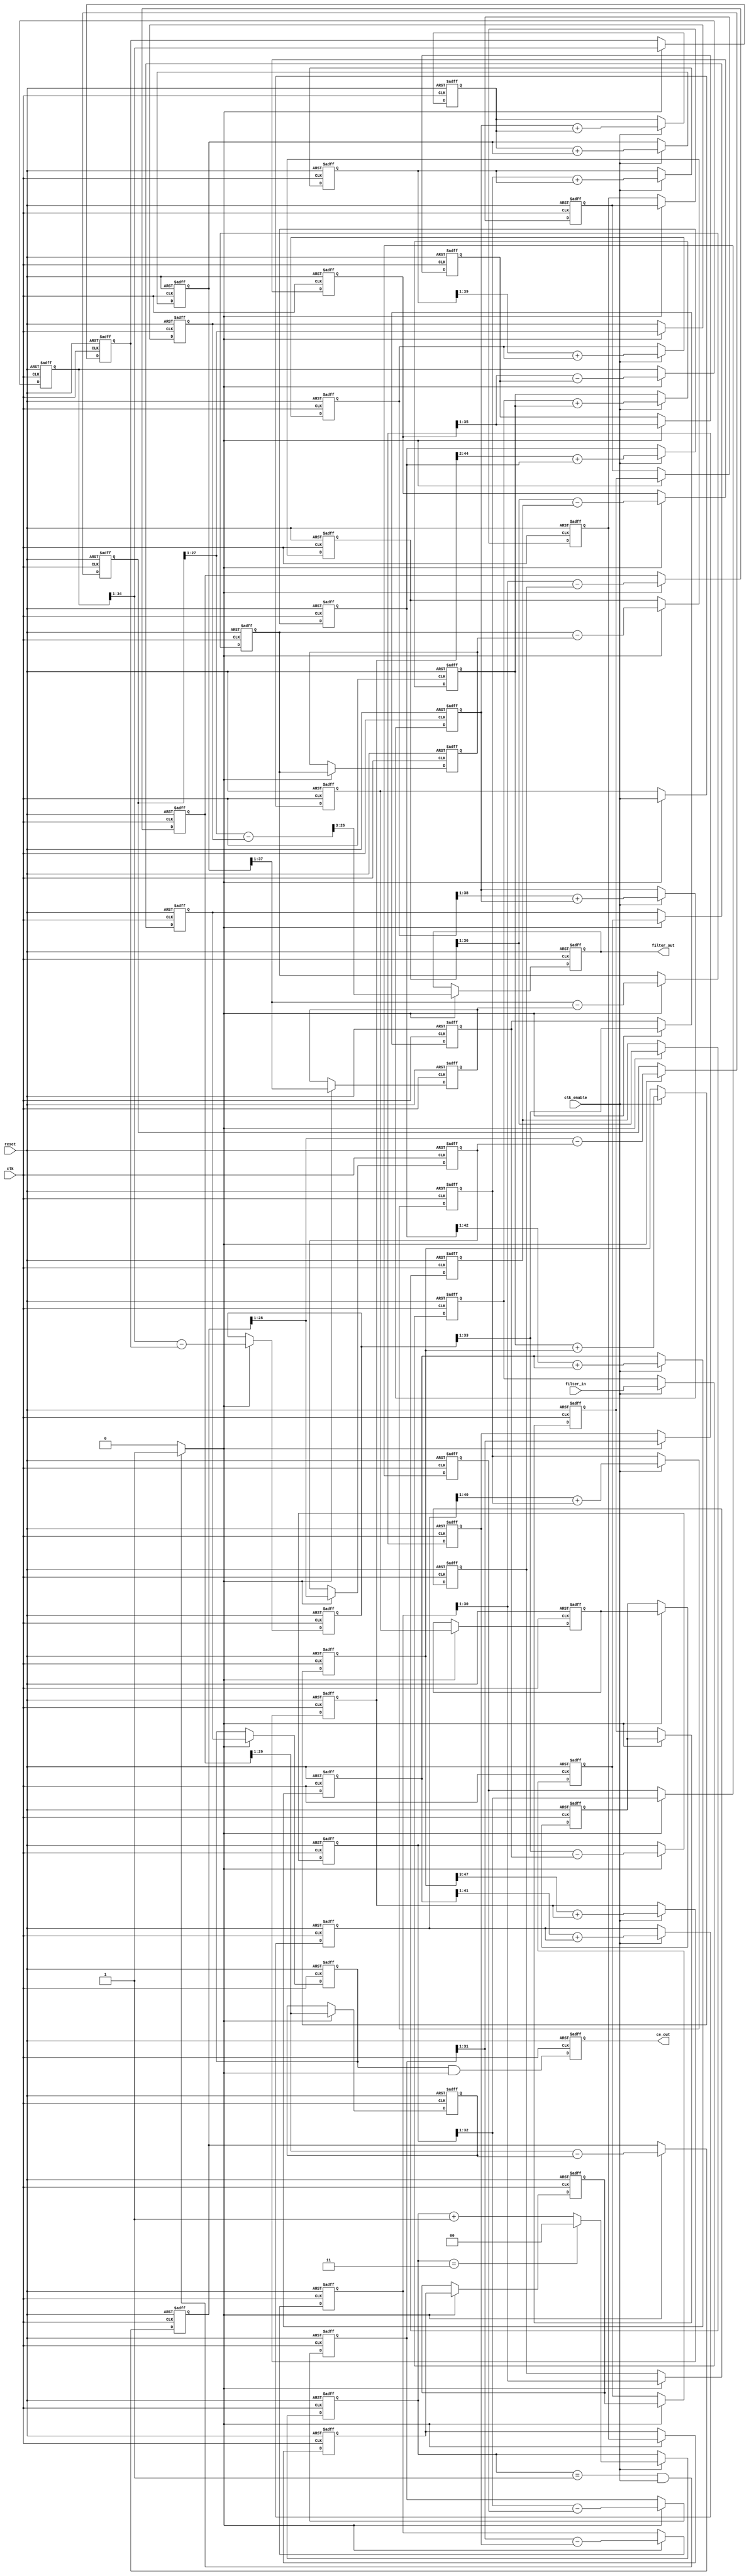
// -------------------------------------------------------------
//
// Module: cic_4_1_12_nofraction
//
// Generated by MATLAB(R) 7.2 and the Filter Design HDL Coder 1.4.
//
// Generated on: 2008-12-10 14:39:58
//
// -------------------------------------------------------------

// -------------------------------------------------------------
// HDL Code Generation Options:
//
// TargetLanguage: Verilog
// Name: cic_4_1_12_nofraction
// TargetDirectory: c:\HPSDR\trunk\VK6APH\Mercury\Matlab-files
// FIRAdderStyle: tree
// CoeffMultipliers: csd
// SerialPartition: -1
// AddPipelineRegisters: On
// CastBeforeSum: On
//
// Filter Settings:
//
// Discrete-Time FIR Multirate Filter (real)
// -----------------------------------------
// Filter Structure         : Cascaded Integrator-Comb Decimator
// Decimation Factor        : 4
// Differential Delay       : 1
// Number of Sections       : 12
// Stable                   : Yes
// Linear Phase             : Yes (Type 1)
//
// Input                    : s24,0
// Output                   : s24,-24
// Filter Internals         : Minimum Word Lengths
//   Integrator Section 1   : s48,0
//   Integrator Section 2   : s48,0
//   Integrator Section 3   : s45,-3
//   Integrator Section 4   : s43,-5
//   Integrator Section 5   : s42,-6
//   Integrator Section 6   : s41,-7
//   Integrator Section 7   : s40,-8
//   Integrator Section 8   : s40,-8
//   Integrator Section 9   : s39,-9
//   Integrator Section 10  : s38,-10
//   Integrator Section 11  : s38,-10
//   Integrator Section 12  : s38,-10
//   Comb Section 1         : s37,-11
//   Comb Section 2         : s37,-11
//   Comb Section 3         : s36,-12
//   Comb Section 4         : s35,-13
//   Comb Section 5         : s34,-14
//   Comb Section 6         : s33,-15
//   Comb Section 7         : s32,-16
//   Comb Section 8         : s31,-17
//   Comb Section 9         : s30,-18
//   Comb Section 10        : s29,-19
//   Comb Section 11        : s28,-20
//   Comb Section 12        : s27,-21
//
// Implementation Cost
// Number of Multipliers : 0
// Number of Adders      : 24
// Number of States      : 24
// MultPerInputSample    : 0
// AddPerInputSample     : 15
// -------------------------------------------------------------

`timescale 1 ns / 1 ns

module cic_4_1_12_nofraction 
               (
                clk,
                clk_enable,
                reset,
                filter_in,
                filter_out,
                ce_out
                );

  input   clk; 
  input   clk_enable; 
  input   reset; 
  input   signed [23:0] filter_in; //sfix24
  output  signed [23:0] filter_out; //sfix24_E24
  output  ce_out; 

////////////////////////////////////////////////////////////////
//Module Architecture: cic_4_1_12_nofraction
////////////////////////////////////////////////////////////////
  // Local Functions
  // Type Definitions
  // Constants
  // Signals
  reg  [1:0] cur_count; // ufix2
  wire phase_1; // boolean
  wire ce_delayline; // boolean
  reg  int_delay_pipe [0:10] ; // boolean
  wire ce_gated; // boolean
  reg  ce_out_reg; // boolean
  //   
  reg  signed [23:0] input_register; // sfix24
  //   -- Section 1 Signals 
  wire signed [23:0] section_in1; // sfix24
  wire signed [47:0] section_cast1; // sfix48
  wire signed [47:0] sum1; // sfix48
  reg  signed [47:0] section_out1; // sfix48
  wire signed [47:0] add_cast; // sfix48
  wire signed [47:0] add_cast_1; // sfix48
  wire signed [48:0] add_temp; // sfix49
  //   -- Section 2 Signals 
  wire signed [47:0] section_in2; // sfix48
  wire signed [47:0] sum2; // sfix48
  reg  signed [47:0] section_out2; // sfix48
  wire signed [47:0] add_cast_2; // sfix48
  wire signed [47:0] add_cast_3; // sfix48
  wire signed [48:0] add_temp_1; // sfix49
  //   -- Section 3 Signals 
  wire signed [47:0] section_in3; // sfix48
  wire signed [44:0] section_cast3; // sfix45_E3
  wire signed [44:0] sum3; // sfix45_E3
  reg  signed [44:0] section_out3; // sfix45_E3
  wire signed [44:0] add_cast_4; // sfix45_E3
  wire signed [44:0] add_cast_5; // sfix45_E3
  wire signed [45:0] add_temp_2; // sfix46_E3
  //   -- Section 4 Signals 
  wire signed [44:0] section_in4; // sfix45_E3
  wire signed [42:0] section_cast4; // sfix43_E5
  wire signed [42:0] sum4; // sfix43_E5
  reg  signed [42:0] section_out4; // sfix43_E5
  wire signed [42:0] add_cast_6; // sfix43_E5
  wire signed [42:0] add_cast_7; // sfix43_E5
  wire signed [43:0] add_temp_3; // sfix44_E5
  //   -- Section 5 Signals 
  wire signed [42:0] section_in5; // sfix43_E5
  wire signed [41:0] section_cast5; // sfix42_E6
  wire signed [41:0] sum5; // sfix42_E6
  reg  signed [41:0] section_out5; // sfix42_E6
  wire signed [41:0] add_cast_8; // sfix42_E6
  wire signed [41:0] add_cast_9; // sfix42_E6
  wire signed [42:0] add_temp_4; // sfix43_E6
  //   -- Section 6 Signals 
  wire signed [41:0] section_in6; // sfix42_E6
  wire signed [40:0] section_cast6; // sfix41_E7
  wire signed [40:0] sum6; // sfix41_E7
  reg  signed [40:0] section_out6; // sfix41_E7
  wire signed [40:0] add_cast_10; // sfix41_E7
  wire signed [40:0] add_cast_11; // sfix41_E7
  wire signed [41:0] add_temp_5; // sfix42_E7
  //   -- Section 7 Signals 
  wire signed [40:0] section_in7; // sfix41_E7
  wire signed [39:0] section_cast7; // sfix40_E8
  wire signed [39:0] sum7; // sfix40_E8
  reg  signed [39:0] section_out7; // sfix40_E8
  wire signed [39:0] add_cast_12; // sfix40_E8
  wire signed [39:0] add_cast_13; // sfix40_E8
  wire signed [40:0] add_temp_6; // sfix41_E8
  //   -- Section 8 Signals 
  wire signed [39:0] section_in8; // sfix40_E8
  wire signed [39:0] sum8; // sfix40_E8
  reg  signed [39:0] section_out8; // sfix40_E8
  wire signed [39:0] add_cast_14; // sfix40_E8
  wire signed [39:0] add_cast_15; // sfix40_E8
  wire signed [40:0] add_temp_7; // sfix41_E8
  //   -- Section 9 Signals 
  wire signed [39:0] section_in9; // sfix40_E8
  wire signed [38:0] section_cast9; // sfix39_E9
  wire signed [38:0] sum9; // sfix39_E9
  reg  signed [38:0] section_out9; // sfix39_E9
  wire signed [38:0] add_cast_16; // sfix39_E9
  wire signed [38:0] add_cast_17; // sfix39_E9
  wire signed [39:0] add_temp_8; // sfix40_E9
  //   -- Section 10 Signals 
  wire signed [38:0] section_in10; // sfix39_E9
  wire signed [37:0] section_cast10; // sfix38_E10
  wire signed [37:0] sum10; // sfix38_E10
  reg  signed [37:0] section_out10; // sfix38_E10
  wire signed [37:0] add_cast_18; // sfix38_E10
  wire signed [37:0] add_cast_19; // sfix38_E10
  wire signed [38:0] add_temp_9; // sfix39_E10
  //   -- Section 11 Signals 
  wire signed [37:0] section_in11; // sfix38_E10
  wire signed [37:0] sum11; // sfix38_E10
  reg  signed [37:0] section_out11; // sfix38_E10
  wire signed [37:0] add_cast_20; // sfix38_E10
  wire signed [37:0] add_cast_21; // sfix38_E10
  wire signed [38:0] add_temp_10; // sfix39_E10
  //   -- Section 12 Signals 
  wire signed [37:0] section_in12; // sfix38_E10
  wire signed [37:0] sum12; // sfix38_E10
  reg  signed [37:0] section_out12; // sfix38_E10
  wire signed [37:0] add_cast_22; // sfix38_E10
  wire signed [37:0] add_cast_23; // sfix38_E10
  wire signed [38:0] add_temp_11; // sfix39_E10
  //   -- Section 13 Signals 
  wire signed [37:0] section_in13; // sfix38_E10
  wire signed [36:0] section_cast13; // sfix37_E11
  reg  signed [36:0] diff1; // sfix37_E11
  wire signed [36:0] section_out13; // sfix37_E11
  wire signed [36:0] sub_cast; // sfix37_E11
  wire signed [36:0] sub_cast_1; // sfix37_E11
  wire signed [37:0] sub_temp; // sfix38_E11
  reg  signed [36:0] cic_pipeline13; // sfix37_E11
  //   -- Section 14 Signals 
  wire signed [36:0] section_in14; // sfix37_E11
  reg  signed [36:0] diff2; // sfix37_E11
  wire signed [36:0] section_out14; // sfix37_E11
  wire signed [36:0] sub_cast_2; // sfix37_E11
  wire signed [36:0] sub_cast_3; // sfix37_E11
  wire signed [37:0] sub_temp_1; // sfix38_E11
  reg  signed [36:0] cic_pipeline14; // sfix37_E11
  //   -- Section 15 Signals 
  wire signed [36:0] section_in15; // sfix37_E11
  wire signed [35:0] section_cast15; // sfix36_E12
  reg  signed [35:0] diff3; // sfix36_E12
  wire signed [35:0] section_out15; // sfix36_E12
  wire signed [35:0] sub_cast_4; // sfix36_E12
  wire signed [35:0] sub_cast_5; // sfix36_E12
  wire signed [36:0] sub_temp_2; // sfix37_E12
  reg  signed [35:0] cic_pipeline15; // sfix36_E12
  //   -- Section 16 Signals 
  wire signed [35:0] section_in16; // sfix36_E12
  wire signed [34:0] section_cast16; // sfix35_E13
  reg  signed [34:0] diff4; // sfix35_E13
  wire signed [34:0] section_out16; // sfix35_E13
  wire signed [34:0] sub_cast_6; // sfix35_E13
  wire signed [34:0] sub_cast_7; // sfix35_E13
  wire signed [35:0] sub_temp_3; // sfix36_E13
  reg  signed [34:0] cic_pipeline16; // sfix35_E13
  //   -- Section 17 Signals 
  wire signed [34:0] section_in17; // sfix35_E13
  wire signed [33:0] section_cast17; // sfix34_E14
  reg  signed [33:0] diff5; // sfix34_E14
  wire signed [33:0] section_out17; // sfix34_E14
  wire signed [33:0] sub_cast_8; // sfix34_E14
  wire signed [33:0] sub_cast_9; // sfix34_E14
  wire signed [34:0] sub_temp_4; // sfix35_E14
  reg  signed [33:0] cic_pipeline17; // sfix34_E14
  //   -- Section 18 Signals 
  wire signed [33:0] section_in18; // sfix34_E14
  wire signed [32:0] section_cast18; // sfix33_E15
  reg  signed [32:0] diff6; // sfix33_E15
  wire signed [32:0] section_out18; // sfix33_E15
  wire signed [32:0] sub_cast_10; // sfix33_E15
  wire signed [32:0] sub_cast_11; // sfix33_E15
  wire signed [33:0] sub_temp_5; // sfix34_E15
  reg  signed [32:0] cic_pipeline18; // sfix33_E15
  //   -- Section 19 Signals 
  wire signed [32:0] section_in19; // sfix33_E15
  wire signed [31:0] section_cast19; // sfix32_E16
  reg  signed [31:0] diff7; // sfix32_E16
  wire signed [31:0] section_out19; // sfix32_E16
  wire signed [31:0] sub_cast_12; // sfix32_E16
  wire signed [31:0] sub_cast_13; // sfix32_E16
  wire signed [32:0] sub_temp_6; // sfix33_E16
  reg  signed [31:0] cic_pipeline19; // sfix32_E16
  //   -- Section 20 Signals 
  wire signed [31:0] section_in20; // sfix32_E16
  wire signed [30:0] section_cast20; // sfix31_E17
  reg  signed [30:0] diff8; // sfix31_E17
  wire signed [30:0] section_out20; // sfix31_E17
  wire signed [30:0] sub_cast_14; // sfix31_E17
  wire signed [30:0] sub_cast_15; // sfix31_E17
  wire signed [31:0] sub_temp_7; // sfix32_E17
  reg  signed [30:0] cic_pipeline20; // sfix31_E17
  //   -- Section 21 Signals 
  wire signed [30:0] section_in21; // sfix31_E17
  wire signed [29:0] section_cast21; // sfix30_E18
  reg  signed [29:0] diff9; // sfix30_E18
  wire signed [29:0] section_out21; // sfix30_E18
  wire signed [29:0] sub_cast_16; // sfix30_E18
  wire signed [29:0] sub_cast_17; // sfix30_E18
  wire signed [30:0] sub_temp_8; // sfix31_E18
  reg  signed [29:0] cic_pipeline21; // sfix30_E18
  //   -- Section 22 Signals 
  wire signed [29:0] section_in22; // sfix30_E18
  wire signed [28:0] section_cast22; // sfix29_E19
  reg  signed [28:0] diff10; // sfix29_E19
  wire signed [28:0] section_out22; // sfix29_E19
  wire signed [28:0] sub_cast_18; // sfix29_E19
  wire signed [28:0] sub_cast_19; // sfix29_E19
  wire signed [29:0] sub_temp_9; // sfix30_E19
  reg  signed [28:0] cic_pipeline22; // sfix29_E19
  //   -- Section 23 Signals 
  wire signed [28:0] section_in23; // sfix29_E19
  wire signed [27:0] section_cast23; // sfix28_E20
  reg  signed [27:0] diff11; // sfix28_E20
  wire signed [27:0] section_out23; // sfix28_E20
  wire signed [27:0] sub_cast_20; // sfix28_E20
  wire signed [27:0] sub_cast_21; // sfix28_E20
  wire signed [28:0] sub_temp_10; // sfix29_E20
  reg  signed [27:0] cic_pipeline23; // sfix28_E20
  //   -- Section 24 Signals 
  wire signed [27:0] section_in24; // sfix28_E20
  wire signed [26:0] section_cast24; // sfix27_E21
  reg  signed [26:0] diff12; // sfix27_E21
  wire signed [26:0] section_out24; // sfix27_E21
  wire signed [26:0] sub_cast_22; // sfix27_E21
  wire signed [26:0] sub_cast_23; // sfix27_E21
  wire signed [27:0] sub_temp_11; // sfix28_E21
  wire signed [23:0] output_typeconvert; // sfix24_E24
  //   
  reg  signed [23:0] output_register; // sfix24_E24

  // Block Statements
  //   ------------------ CE Output Generation ------------------

  always @ (posedge clk or posedge reset)
    begin: ce_output
      if (reset == 1'b1) begin
        cur_count <= 2'b00;
      end
      else begin
        if (clk_enable == 1'b1) begin
          if (cur_count == 2'b11) begin
            cur_count <= 2'b00;
          end
          else begin
            cur_count <= cur_count + 1;
          end
        end
      end
    end // ce_output

  assign  phase_1 = (cur_count == 2'b01 && clk_enable == 1'b1)? 1 : 0;

  always @( posedge clk or posedge reset)
    begin: ce_delay
      if (reset == 1'b1) begin
        int_delay_pipe[0] <= 1'b0;
        int_delay_pipe[1] <= 1'b0;
        int_delay_pipe[2] <= 1'b0;
        int_delay_pipe[3] <= 1'b0;
        int_delay_pipe[4] <= 1'b0;
        int_delay_pipe[5] <= 1'b0;
        int_delay_pipe[6] <= 1'b0;
        int_delay_pipe[7] <= 1'b0;
        int_delay_pipe[8] <= 1'b0;
        int_delay_pipe[9] <= 1'b0;
        int_delay_pipe[10] <= 1'b0;
      end
      else begin
        if (phase_1 == 1'b1) begin
        int_delay_pipe[0] <= clk_enable;
        int_delay_pipe[1] <= int_delay_pipe[0];
        int_delay_pipe[2] <= int_delay_pipe[1];
        int_delay_pipe[3] <= int_delay_pipe[2];
        int_delay_pipe[4] <= int_delay_pipe[3];
        int_delay_pipe[5] <= int_delay_pipe[4];
        int_delay_pipe[6] <= int_delay_pipe[5];
        int_delay_pipe[7] <= int_delay_pipe[6];
        int_delay_pipe[8] <= int_delay_pipe[7];
        int_delay_pipe[9] <= int_delay_pipe[8];
        int_delay_pipe[10] <= int_delay_pipe[9];
        end
      end
    end // ce_delay

    assign ce_delayline = int_delay_pipe[10];
  assign ce_gated =  ce_delayline & phase_1;

  //   ------------------ CE Output Register ------------------

  always @ (posedge clk or posedge reset)
    begin: ce_output_register
      if (reset == 1'b1) begin
        ce_out_reg <= 1'b0;
      end
      else begin
          ce_out_reg <= ce_gated;
      end
    end // ce_output_register

  //   ------------------ Input Register ------------------

  always @ (posedge clk or posedge reset)
    begin: input_reg_process
      if (reset == 1'b1) begin
        input_register <= 0;
      end
      else begin
        if (clk_enable == 1'b1) begin
          input_register <= filter_in;
        end
      end
    end // input_reg_process

  //   ------------------ Section # 1 : Integrator ------------------

  assign section_in1 = input_register;

  assign section_cast1 = $signed({{24{section_in1[23]}}, section_in1});

  assign add_cast = section_cast1;
  assign add_cast_1 = section_out1;
  assign add_temp = add_cast + add_cast_1;
  assign sum1 = add_temp[47:0];

  always @ (posedge clk or posedge reset)
    begin: integrator_delay_section1
      if (reset == 1'b1) begin
        section_out1 <= 0;
      end
      else begin
        if (clk_enable == 1'b1) begin
          section_out1 <= sum1;
        end
      end
    end // integrator_delay_section1

  //   ------------------ Section # 2 : Integrator ------------------

  assign section_in2 = section_out1;

  assign add_cast_2 = section_in2;
  assign add_cast_3 = section_out2;
  assign add_temp_1 = add_cast_2 + add_cast_3;
  assign sum2 = add_temp_1[47:0];

  always @ (posedge clk or posedge reset)
    begin: integrator_delay_section2
      if (reset == 1'b1) begin
        section_out2 <= 0;
      end
      else begin
        if (clk_enable == 1'b1) begin
          section_out2 <= sum2;
        end
      end
    end // integrator_delay_section2

  //   ------------------ Section # 3 : Integrator ------------------

  assign section_in3 = section_out2;

  assign section_cast3 = section_in3[47:3];

  assign add_cast_4 = section_cast3;
  assign add_cast_5 = section_out3;
  assign add_temp_2 = add_cast_4 + add_cast_5;
  assign sum3 = add_temp_2[44:0];

  always @ (posedge clk or posedge reset)
    begin: integrator_delay_section3
      if (reset == 1'b1) begin
        section_out3 <= 0;
      end
      else begin
        if (clk_enable == 1'b1) begin
          section_out3 <= sum3;
        end
      end
    end // integrator_delay_section3

  //   ------------------ Section # 4 : Integrator ------------------

  assign section_in4 = section_out3;

  assign section_cast4 = section_in4[44:2];

  assign add_cast_6 = section_cast4;
  assign add_cast_7 = section_out4;
  assign add_temp_3 = add_cast_6 + add_cast_7;
  assign sum4 = add_temp_3[42:0];

  always @ (posedge clk or posedge reset)
    begin: integrator_delay_section4
      if (reset == 1'b1) begin
        section_out4 <= 0;
      end
      else begin
        if (clk_enable == 1'b1) begin
          section_out4 <= sum4;
        end
      end
    end // integrator_delay_section4

  //   ------------------ Section # 5 : Integrator ------------------

  assign section_in5 = section_out4;

  assign section_cast5 = section_in5[42:1];

  assign add_cast_8 = section_cast5;
  assign add_cast_9 = section_out5;
  assign add_temp_4 = add_cast_8 + add_cast_9;
  assign sum5 = add_temp_4[41:0];

  always @ (posedge clk or posedge reset)
    begin: integrator_delay_section5
      if (reset == 1'b1) begin
        section_out5 <= 0;
      end
      else begin
        if (clk_enable == 1'b1) begin
          section_out5 <= sum5;
        end
      end
    end // integrator_delay_section5

  //   ------------------ Section # 6 : Integrator ------------------

  assign section_in6 = section_out5;

  assign section_cast6 = section_in6[41:1];

  assign add_cast_10 = section_cast6;
  assign add_cast_11 = section_out6;
  assign add_temp_5 = add_cast_10 + add_cast_11;
  assign sum6 = add_temp_5[40:0];

  always @ (posedge clk or posedge reset)
    begin: integrator_delay_section6
      if (reset == 1'b1) begin
        section_out6 <= 0;
      end
      else begin
        if (clk_enable == 1'b1) begin
          section_out6 <= sum6;
        end
      end
    end // integrator_delay_section6

  //   ------------------ Section # 7 : Integrator ------------------

  assign section_in7 = section_out6;

  assign section_cast7 = section_in7[40:1];

  assign add_cast_12 = section_cast7;
  assign add_cast_13 = section_out7;
  assign add_temp_6 = add_cast_12 + add_cast_13;
  assign sum7 = add_temp_6[39:0];

  always @ (posedge clk or posedge reset)
    begin: integrator_delay_section7
      if (reset == 1'b1) begin
        section_out7 <= 0;
      end
      else begin
        if (clk_enable == 1'b1) begin
          section_out7 <= sum7;
        end
      end
    end // integrator_delay_section7

  //   ------------------ Section # 8 : Integrator ------------------

  assign section_in8 = section_out7;

  assign add_cast_14 = section_in8;
  assign add_cast_15 = section_out8;
  assign add_temp_7 = add_cast_14 + add_cast_15;
  assign sum8 = add_temp_7[39:0];

  always @ (posedge clk or posedge reset)
    begin: integrator_delay_section8
      if (reset == 1'b1) begin
        section_out8 <= 0;
      end
      else begin
        if (clk_enable == 1'b1) begin
          section_out8 <= sum8;
        end
      end
    end // integrator_delay_section8

  //   ------------------ Section # 9 : Integrator ------------------

  assign section_in9 = section_out8;

  assign section_cast9 = section_in9[39:1];

  assign add_cast_16 = section_cast9;
  assign add_cast_17 = section_out9;
  assign add_temp_8 = add_cast_16 + add_cast_17;
  assign sum9 = add_temp_8[38:0];

  always @ (posedge clk or posedge reset)
    begin: integrator_delay_section9
      if (reset == 1'b1) begin
        section_out9 <= 0;
      end
      else begin
        if (clk_enable == 1'b1) begin
          section_out9 <= sum9;
        end
      end
    end // integrator_delay_section9

  //   ------------------ Section # 10 : Integrator ------------------

  assign section_in10 = section_out9;

  assign section_cast10 = section_in10[38:1];

  assign add_cast_18 = section_cast10;
  assign add_cast_19 = section_out10;
  assign add_temp_9 = add_cast_18 + add_cast_19;
  assign sum10 = add_temp_9[37:0];

  always @ (posedge clk or posedge reset)
    begin: integrator_delay_section10
      if (reset == 1'b1) begin
        section_out10 <= 0;
      end
      else begin
        if (clk_enable == 1'b1) begin
          section_out10 <= sum10;
        end
      end
    end // integrator_delay_section10

  //   ------------------ Section # 11 : Integrator ------------------

  assign section_in11 = section_out10;

  assign add_cast_20 = section_in11;
  assign add_cast_21 = section_out11;
  assign add_temp_10 = add_cast_20 + add_cast_21;
  assign sum11 = add_temp_10[37:0];

  always @ (posedge clk or posedge reset)
    begin: integrator_delay_section11
      if (reset == 1'b1) begin
        section_out11 <= 0;
      end
      else begin
        if (clk_enable == 1'b1) begin
          section_out11 <= sum11;
        end
      end
    end // integrator_delay_section11

  //   ------------------ Section # 12 : Integrator ------------------

  assign section_in12 = section_out11;

  assign add_cast_22 = section_in12;
  assign add_cast_23 = section_out12;
  assign add_temp_11 = add_cast_22 + add_cast_23;
  assign sum12 = add_temp_11[37:0];

  always @ (posedge clk or posedge reset)
    begin: integrator_delay_section12
      if (reset == 1'b1) begin
        section_out12 <= 0;
      end
      else begin
        if (clk_enable == 1'b1) begin
          section_out12 <= sum12;
        end
      end
    end // integrator_delay_section12

  //   ------------------ Section # 13 : Comb ------------------

  assign section_in13 = section_out12;

  assign section_cast13 = section_in13[37:1];

  assign sub_cast = section_cast13;
  assign sub_cast_1 = diff1;
  assign sub_temp = sub_cast - sub_cast_1;
  assign section_out13 = sub_temp[36:0];

  always @ (posedge clk or posedge reset)
    begin: comb_delay_section13
      if (reset == 1'b1) begin
        diff1 <= 0;
      end
      else begin
        if (phase_1 == 1'b1) begin
          diff1 <= section_cast13;
        end
      end
    end // comb_delay_section13

  always @ (posedge clk or posedge reset)
    begin: cic_pipeline_process_section13
      if (reset == 1'b1) begin
        cic_pipeline13 <= 0;
      end
      else begin
        if (phase_1 == 1'b1) begin
          cic_pipeline13 <= section_out13;
        end
      end
    end // cic_pipeline_process_section13

  //   ------------------ Section # 14 : Comb ------------------

  assign section_in14 = cic_pipeline13;

  assign sub_cast_2 = section_in14;
  assign sub_cast_3 = diff2;
  assign sub_temp_1 = sub_cast_2 - sub_cast_3;
  assign section_out14 = sub_temp_1[36:0];

  always @ (posedge clk or posedge reset)
    begin: comb_delay_section14
      if (reset == 1'b1) begin
        diff2 <= 0;
      end
      else begin
        if (phase_1 == 1'b1) begin
          diff2 <= section_in14;
        end
      end
    end // comb_delay_section14

  always @ (posedge clk or posedge reset)
    begin: cic_pipeline_process_section14
      if (reset == 1'b1) begin
        cic_pipeline14 <= 0;
      end
      else begin
        if (phase_1 == 1'b1) begin
          cic_pipeline14 <= section_out14;
        end
      end
    end // cic_pipeline_process_section14

  //   ------------------ Section # 15 : Comb ------------------

  assign section_in15 = cic_pipeline14;

  assign section_cast15 = section_in15[36:1];

  assign sub_cast_4 = section_cast15;
  assign sub_cast_5 = diff3;
  assign sub_temp_2 = sub_cast_4 - sub_cast_5;
  assign section_out15 = sub_temp_2[35:0];

  always @ (posedge clk or posedge reset)
    begin: comb_delay_section15
      if (reset == 1'b1) begin
        diff3 <= 0;
      end
      else begin
        if (phase_1 == 1'b1) begin
          diff3 <= section_cast15;
        end
      end
    end // comb_delay_section15

  always @ (posedge clk or posedge reset)
    begin: cic_pipeline_process_section15
      if (reset == 1'b1) begin
        cic_pipeline15 <= 0;
      end
      else begin
        if (phase_1 == 1'b1) begin
          cic_pipeline15 <= section_out15;
        end
      end
    end // cic_pipeline_process_section15

  //   ------------------ Section # 16 : Comb ------------------

  assign section_in16 = cic_pipeline15;

  assign section_cast16 = section_in16[35:1];

  assign sub_cast_6 = section_cast16;
  assign sub_cast_7 = diff4;
  assign sub_temp_3 = sub_cast_6 - sub_cast_7;
  assign section_out16 = sub_temp_3[34:0];

  always @ (posedge clk or posedge reset)
    begin: comb_delay_section16
      if (reset == 1'b1) begin
        diff4 <= 0;
      end
      else begin
        if (phase_1 == 1'b1) begin
          diff4 <= section_cast16;
        end
      end
    end // comb_delay_section16

  always @ (posedge clk or posedge reset)
    begin: cic_pipeline_process_section16
      if (reset == 1'b1) begin
        cic_pipeline16 <= 0;
      end
      else begin
        if (phase_1 == 1'b1) begin
          cic_pipeline16 <= section_out16;
        end
      end
    end // cic_pipeline_process_section16

  //   ------------------ Section # 17 : Comb ------------------

  assign section_in17 = cic_pipeline16;

  assign section_cast17 = section_in17[34:1];

  assign sub_cast_8 = section_cast17;
  assign sub_cast_9 = diff5;
  assign sub_temp_4 = sub_cast_8 - sub_cast_9;
  assign section_out17 = sub_temp_4[33:0];

  always @ (posedge clk or posedge reset)
    begin: comb_delay_section17
      if (reset == 1'b1) begin
        diff5 <= 0;
      end
      else begin
        if (phase_1 == 1'b1) begin
          diff5 <= section_cast17;
        end
      end
    end // comb_delay_section17

  always @ (posedge clk or posedge reset)
    begin: cic_pipeline_process_section17
      if (reset == 1'b1) begin
        cic_pipeline17 <= 0;
      end
      else begin
        if (phase_1 == 1'b1) begin
          cic_pipeline17 <= section_out17;
        end
      end
    end // cic_pipeline_process_section17

  //   ------------------ Section # 18 : Comb ------------------

  assign section_in18 = cic_pipeline17;

  assign section_cast18 = section_in18[33:1];

  assign sub_cast_10 = section_cast18;
  assign sub_cast_11 = diff6;
  assign sub_temp_5 = sub_cast_10 - sub_cast_11;
  assign section_out18 = sub_temp_5[32:0];

  always @ (posedge clk or posedge reset)
    begin: comb_delay_section18
      if (reset == 1'b1) begin
        diff6 <= 0;
      end
      else begin
        if (phase_1 == 1'b1) begin
          diff6 <= section_cast18;
        end
      end
    end // comb_delay_section18

  always @ (posedge clk or posedge reset)
    begin: cic_pipeline_process_section18
      if (reset == 1'b1) begin
        cic_pipeline18 <= 0;
      end
      else begin
        if (phase_1 == 1'b1) begin
          cic_pipeline18 <= section_out18;
        end
      end
    end // cic_pipeline_process_section18

  //   ------------------ Section # 19 : Comb ------------------

  assign section_in19 = cic_pipeline18;

  assign section_cast19 = section_in19[32:1];

  assign sub_cast_12 = section_cast19;
  assign sub_cast_13 = diff7;
  assign sub_temp_6 = sub_cast_12 - sub_cast_13;
  assign section_out19 = sub_temp_6[31:0];

  always @ (posedge clk or posedge reset)
    begin: comb_delay_section19
      if (reset == 1'b1) begin
        diff7 <= 0;
      end
      else begin
        if (phase_1 == 1'b1) begin
          diff7 <= section_cast19;
        end
      end
    end // comb_delay_section19

  always @ (posedge clk or posedge reset)
    begin: cic_pipeline_process_section19
      if (reset == 1'b1) begin
        cic_pipeline19 <= 0;
      end
      else begin
        if (phase_1 == 1'b1) begin
          cic_pipeline19 <= section_out19;
        end
      end
    end // cic_pipeline_process_section19

  //   ------------------ Section # 20 : Comb ------------------

  assign section_in20 = cic_pipeline19;

  assign section_cast20 = section_in20[31:1];

  assign sub_cast_14 = section_cast20;
  assign sub_cast_15 = diff8;
  assign sub_temp_7 = sub_cast_14 - sub_cast_15;
  assign section_out20 = sub_temp_7[30:0];

  always @ (posedge clk or posedge reset)
    begin: comb_delay_section20
      if (reset == 1'b1) begin
        diff8 <= 0;
      end
      else begin
        if (phase_1 == 1'b1) begin
          diff8 <= section_cast20;
        end
      end
    end // comb_delay_section20

  always @ (posedge clk or posedge reset)
    begin: cic_pipeline_process_section20
      if (reset == 1'b1) begin
        cic_pipeline20 <= 0;
      end
      else begin
        if (phase_1 == 1'b1) begin
          cic_pipeline20 <= section_out20;
        end
      end
    end // cic_pipeline_process_section20

  //   ------------------ Section # 21 : Comb ------------------

  assign section_in21 = cic_pipeline20;

  assign section_cast21 = section_in21[30:1];

  assign sub_cast_16 = section_cast21;
  assign sub_cast_17 = diff9;
  assign sub_temp_8 = sub_cast_16 - sub_cast_17;
  assign section_out21 = sub_temp_8[29:0];

  always @ (posedge clk or posedge reset)
    begin: comb_delay_section21
      if (reset == 1'b1) begin
        diff9 <= 0;
      end
      else begin
        if (phase_1 == 1'b1) begin
          diff9 <= section_cast21;
        end
      end
    end // comb_delay_section21

  always @ (posedge clk or posedge reset)
    begin: cic_pipeline_process_section21
      if (reset == 1'b1) begin
        cic_pipeline21 <= 0;
      end
      else begin
        if (phase_1 == 1'b1) begin
          cic_pipeline21 <= section_out21;
        end
      end
    end // cic_pipeline_process_section21

  //   ------------------ Section # 22 : Comb ------------------

  assign section_in22 = cic_pipeline21;

  assign section_cast22 = section_in22[29:1];

  assign sub_cast_18 = section_cast22;
  assign sub_cast_19 = diff10;
  assign sub_temp_9 = sub_cast_18 - sub_cast_19;
  assign section_out22 = sub_temp_9[28:0];

  always @ (posedge clk or posedge reset)
    begin: comb_delay_section22
      if (reset == 1'b1) begin
        diff10 <= 0;
      end
      else begin
        if (phase_1 == 1'b1) begin
          diff10 <= section_cast22;
        end
      end
    end // comb_delay_section22

  always @ (posedge clk or posedge reset)
    begin: cic_pipeline_process_section22
      if (reset == 1'b1) begin
        cic_pipeline22 <= 0;
      end
      else begin
        if (phase_1 == 1'b1) begin
          cic_pipeline22 <= section_out22;
        end
      end
    end // cic_pipeline_process_section22

  //   ------------------ Section # 23 : Comb ------------------

  assign section_in23 = cic_pipeline22;

  assign section_cast23 = section_in23[28:1];

  assign sub_cast_20 = section_cast23;
  assign sub_cast_21 = diff11;
  assign sub_temp_10 = sub_cast_20 - sub_cast_21;
  assign section_out23 = sub_temp_10[27:0];

  always @ (posedge clk or posedge reset)
    begin: comb_delay_section23
      if (reset == 1'b1) begin
        diff11 <= 0;
      end
      else begin
        if (phase_1 == 1'b1) begin
          diff11 <= section_cast23;
        end
      end
    end // comb_delay_section23

  always @ (posedge clk or posedge reset)
    begin: cic_pipeline_process_section23
      if (reset == 1'b1) begin
        cic_pipeline23 <= 0;
      end
      else begin
        if (phase_1 == 1'b1) begin
          cic_pipeline23 <= section_out23;
        end
      end
    end // cic_pipeline_process_section23

  //   ------------------ Section # 24 : Comb ------------------

  assign section_in24 = cic_pipeline23;

  assign section_cast24 = section_in24[27:1];

  assign sub_cast_22 = section_cast24;
  assign sub_cast_23 = diff12;
  assign sub_temp_11 = sub_cast_22 - sub_cast_23;
  assign section_out24 = sub_temp_11[26:0];

  always @ (posedge clk or posedge reset)
    begin: comb_delay_section24
      if (reset == 1'b1) begin
        diff12 <= 0;
      end
      else begin
        if (phase_1 == 1'b1) begin
          diff12 <= section_cast24;
        end
      end
    end // comb_delay_section24

  assign output_typeconvert = section_out24[26:3];

  //   ------------------ Output Register ------------------

  always @ (posedge clk or posedge reset)
    begin: output_reg_process
      if (reset == 1'b1) begin
        output_register <= 0;
      end
      else begin
        if (phase_1 == 1'b1) begin
          output_register <= output_typeconvert;
        end
      end
    end // output_reg_process

  // Assignment Statements
  assign ce_out = ce_out_reg;
  assign filter_out = output_register;
endmodule  // cic_4_1_12_nofraction